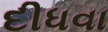
દીધવા